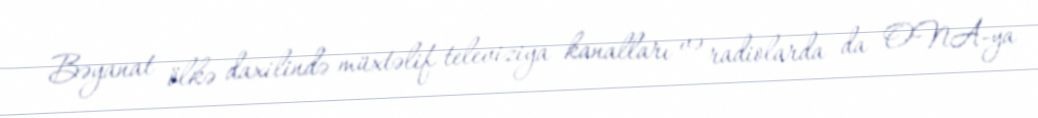
Bəyanat ölkə daxilində müxtəlif televiziya kanalları və radiolarda da ONA-ya